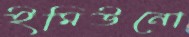
ইমিউনো